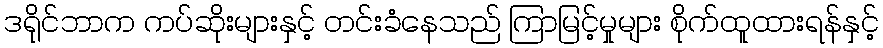
ဒရိုင်ဘာက ကပ်ဆိုးများနှင့် တင်းခံနေသည် ကြာမြင့်မှုများ စိုက်ထူထားရန်နှင့်